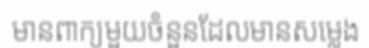
មានពាក្យមួយចំនួនដែលមានសម្លេង